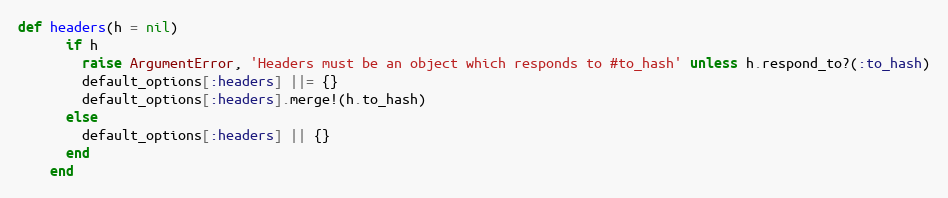
Language: Ruby
def headers(h = nil)
      if h
        raise ArgumentError, 'Headers must be an object which responds to #to_hash' unless h.respond_to?(:to_hash)
        default_options[:headers] ||= {}
        default_options[:headers].merge!(h.to_hash)
      else
        default_options[:headers] || {}
      end
    end